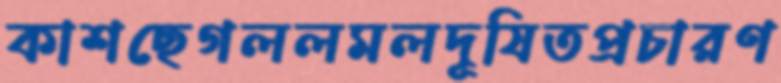
কাশছেগললমলদূষিতপ্রচারণ